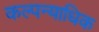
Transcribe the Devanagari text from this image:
कल्पन्याधिक